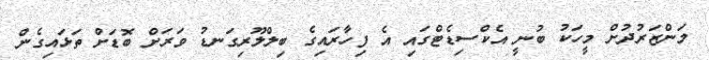
މަންޒަރުދުށް މީހަކު ބުނީ އެކްސިޑެޓްގައި އެ ފިހާރައިގެ ބިލްލޫރިގަނޑު ވަރަށް ބޮޑަށް ތަޅައިގެން